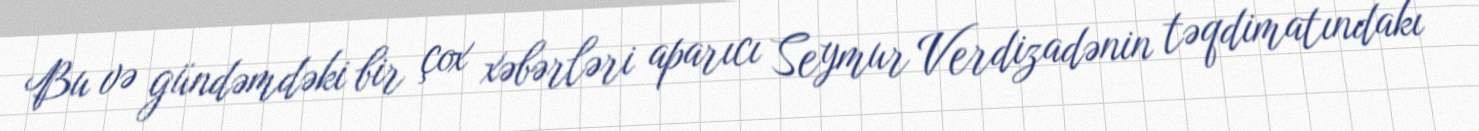
Bu və gündəmdəki bir çox xəbərləri aparıcı Seymur Verdizadənin təqdimatındakı